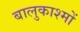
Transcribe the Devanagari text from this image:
बालुकाश्मों